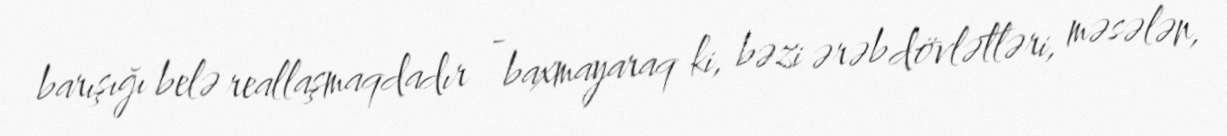
barışığı belə reallaşmaqdadır - baxmayaraq ki, bəzi ərəb dövlətləri, məsələn,